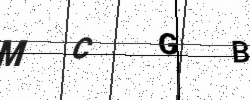
Text: MCGB